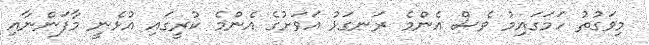
މިވަގުތު ހަމަގައިމު ވެސް އެންމެ ރަނގަޅު އަވަށުގެ އެންމެ ކުރީގައި އުޅެނީ މާފަންނާއި